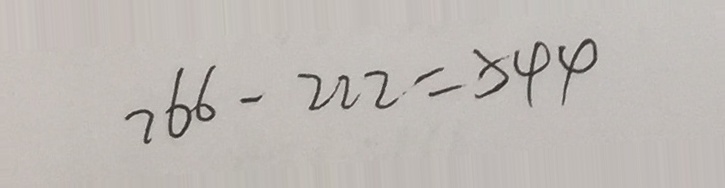
7 6 6 - 2 2 2 = 5 4 4